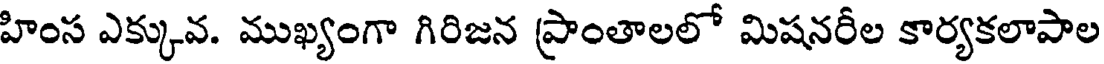
హింస ఎక్కువ. ముఖ్యంగా గిరిజన ప్రాంతాలలో మిషనరీల కార్యకలాపాల